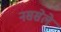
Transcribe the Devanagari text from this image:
नससेले